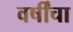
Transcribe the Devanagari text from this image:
वर्षींचा